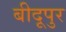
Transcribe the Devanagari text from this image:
बीदूपुर